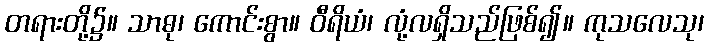
တရားတို့၌။ သာဓု၊ ကောင်းစွာ။ ဝီရိယံ၊ လုံ့လရှိသည်ဖြစ်၍။ ကုသလေသု၊